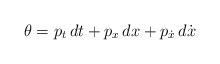
LaTeX: \begin{align*}\theta =p_{t}\,dt+p_{x}\,dx +p_{\dot{x}} \,d\dot{x} \end{align*}